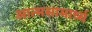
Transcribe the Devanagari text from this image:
आत्मसामार्थ्य